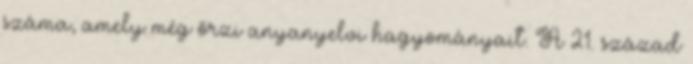
száma, amely még őrzi anyanyelvi hagyományait. A 21. század